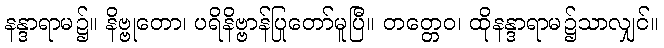
နန္ဒာရာမ၌။ နိဗ္ဗုတော၊ ပရိနိဗ္ဗာန်ပြုတော်မူပြီ။ တတ္တေဝ၊ ထိုနန္ဒာရာမ၌သာလျှင်။